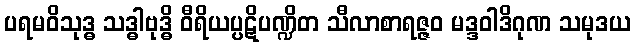
ပရမဝိသုဒ္ဓ သဒ္ဓါဗုဒ္ဓိ ဝီရိယပ္ပဋိပဏ္ဍိတ သီလာစာရဇ္ဇဝ မဒ္ဒဝါဒိဂုဏ သမုဒယ